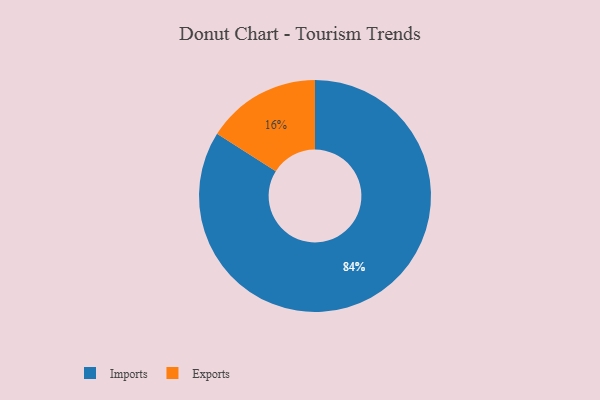
{"axis": {"x": "Category", "y": "Percentage"}, "legend": ["Exports", "Imports"], "data": [{"x": "Imports", "y": 84, "type": "Imports"}, {"x": "Exports", "y": 16, "type": "Exports"}]}